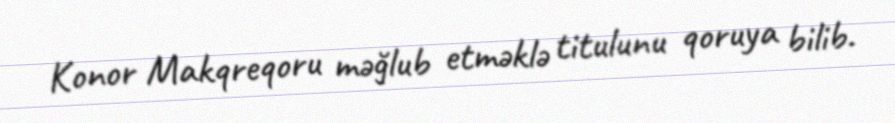
Konor Makqreqoru məğlub etməklə titulunu qoruya bilib.